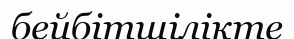
бейбітшілікте